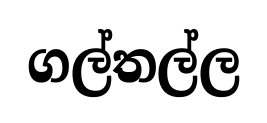
ගල්තල්ල